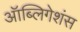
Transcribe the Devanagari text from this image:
ऑब्लिगेशंस